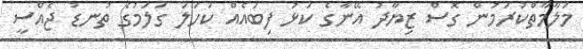
މަލާމާތްކުރަމުން ގޮސް ޒިޔާދު އޭނާގެ ކަޅު ފިބައެއް ކަހަލަ ގަލަމުގެ ތުނޑު ޖެއްސީ